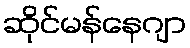
ဆိုင်မန်နေဂျာ